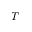
T